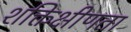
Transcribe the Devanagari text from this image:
शक्तिक्षीणता